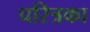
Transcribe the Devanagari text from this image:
चरित्रका